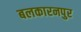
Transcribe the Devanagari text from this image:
बलकारनपुर